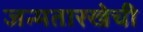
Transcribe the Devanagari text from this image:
जन्मतारखेची